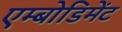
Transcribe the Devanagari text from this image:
एम्बोडिमेंट